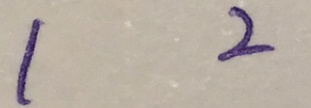
1 2